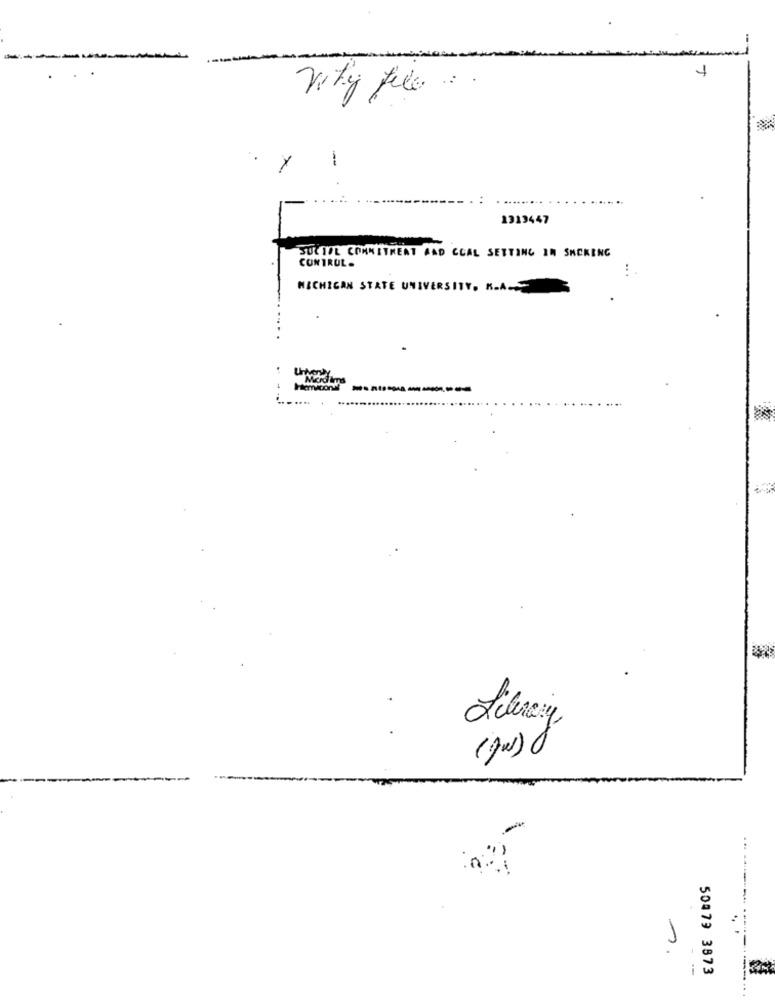
-
1319447
SUCIOL COMMITMENT AND CCAL SETTING IN SMOKING
CONTROL.
MICHIGAN STATE UNIVERSITY. K.A.
Mord ims
110 ------
-
50879 3873